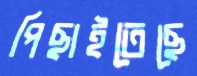
পিছাইতেছে